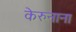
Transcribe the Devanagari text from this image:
केरुनाना